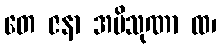
တေ ဇနာ အပိသုဏာ ထ၊